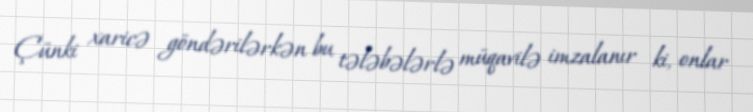
Çünki xaricə göndərilərkən bu tələbələrlə müqavilə imzalanır ki, onlar